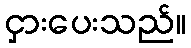
ငှားပေးသည်။